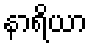
နာရိယာ